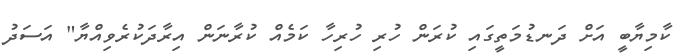
ކާމިޔާބީ އަށް ދަނޑުމަތީގައި ކުރަން ހުރި ހުރިހާ ކަމެއް ކުރާނަން އިރާދަކުރެވިއްޔާ" އަސަދު